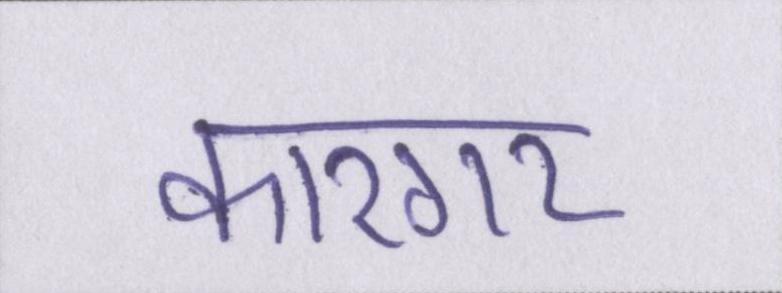
कारगर